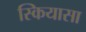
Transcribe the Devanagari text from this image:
स्कियासा